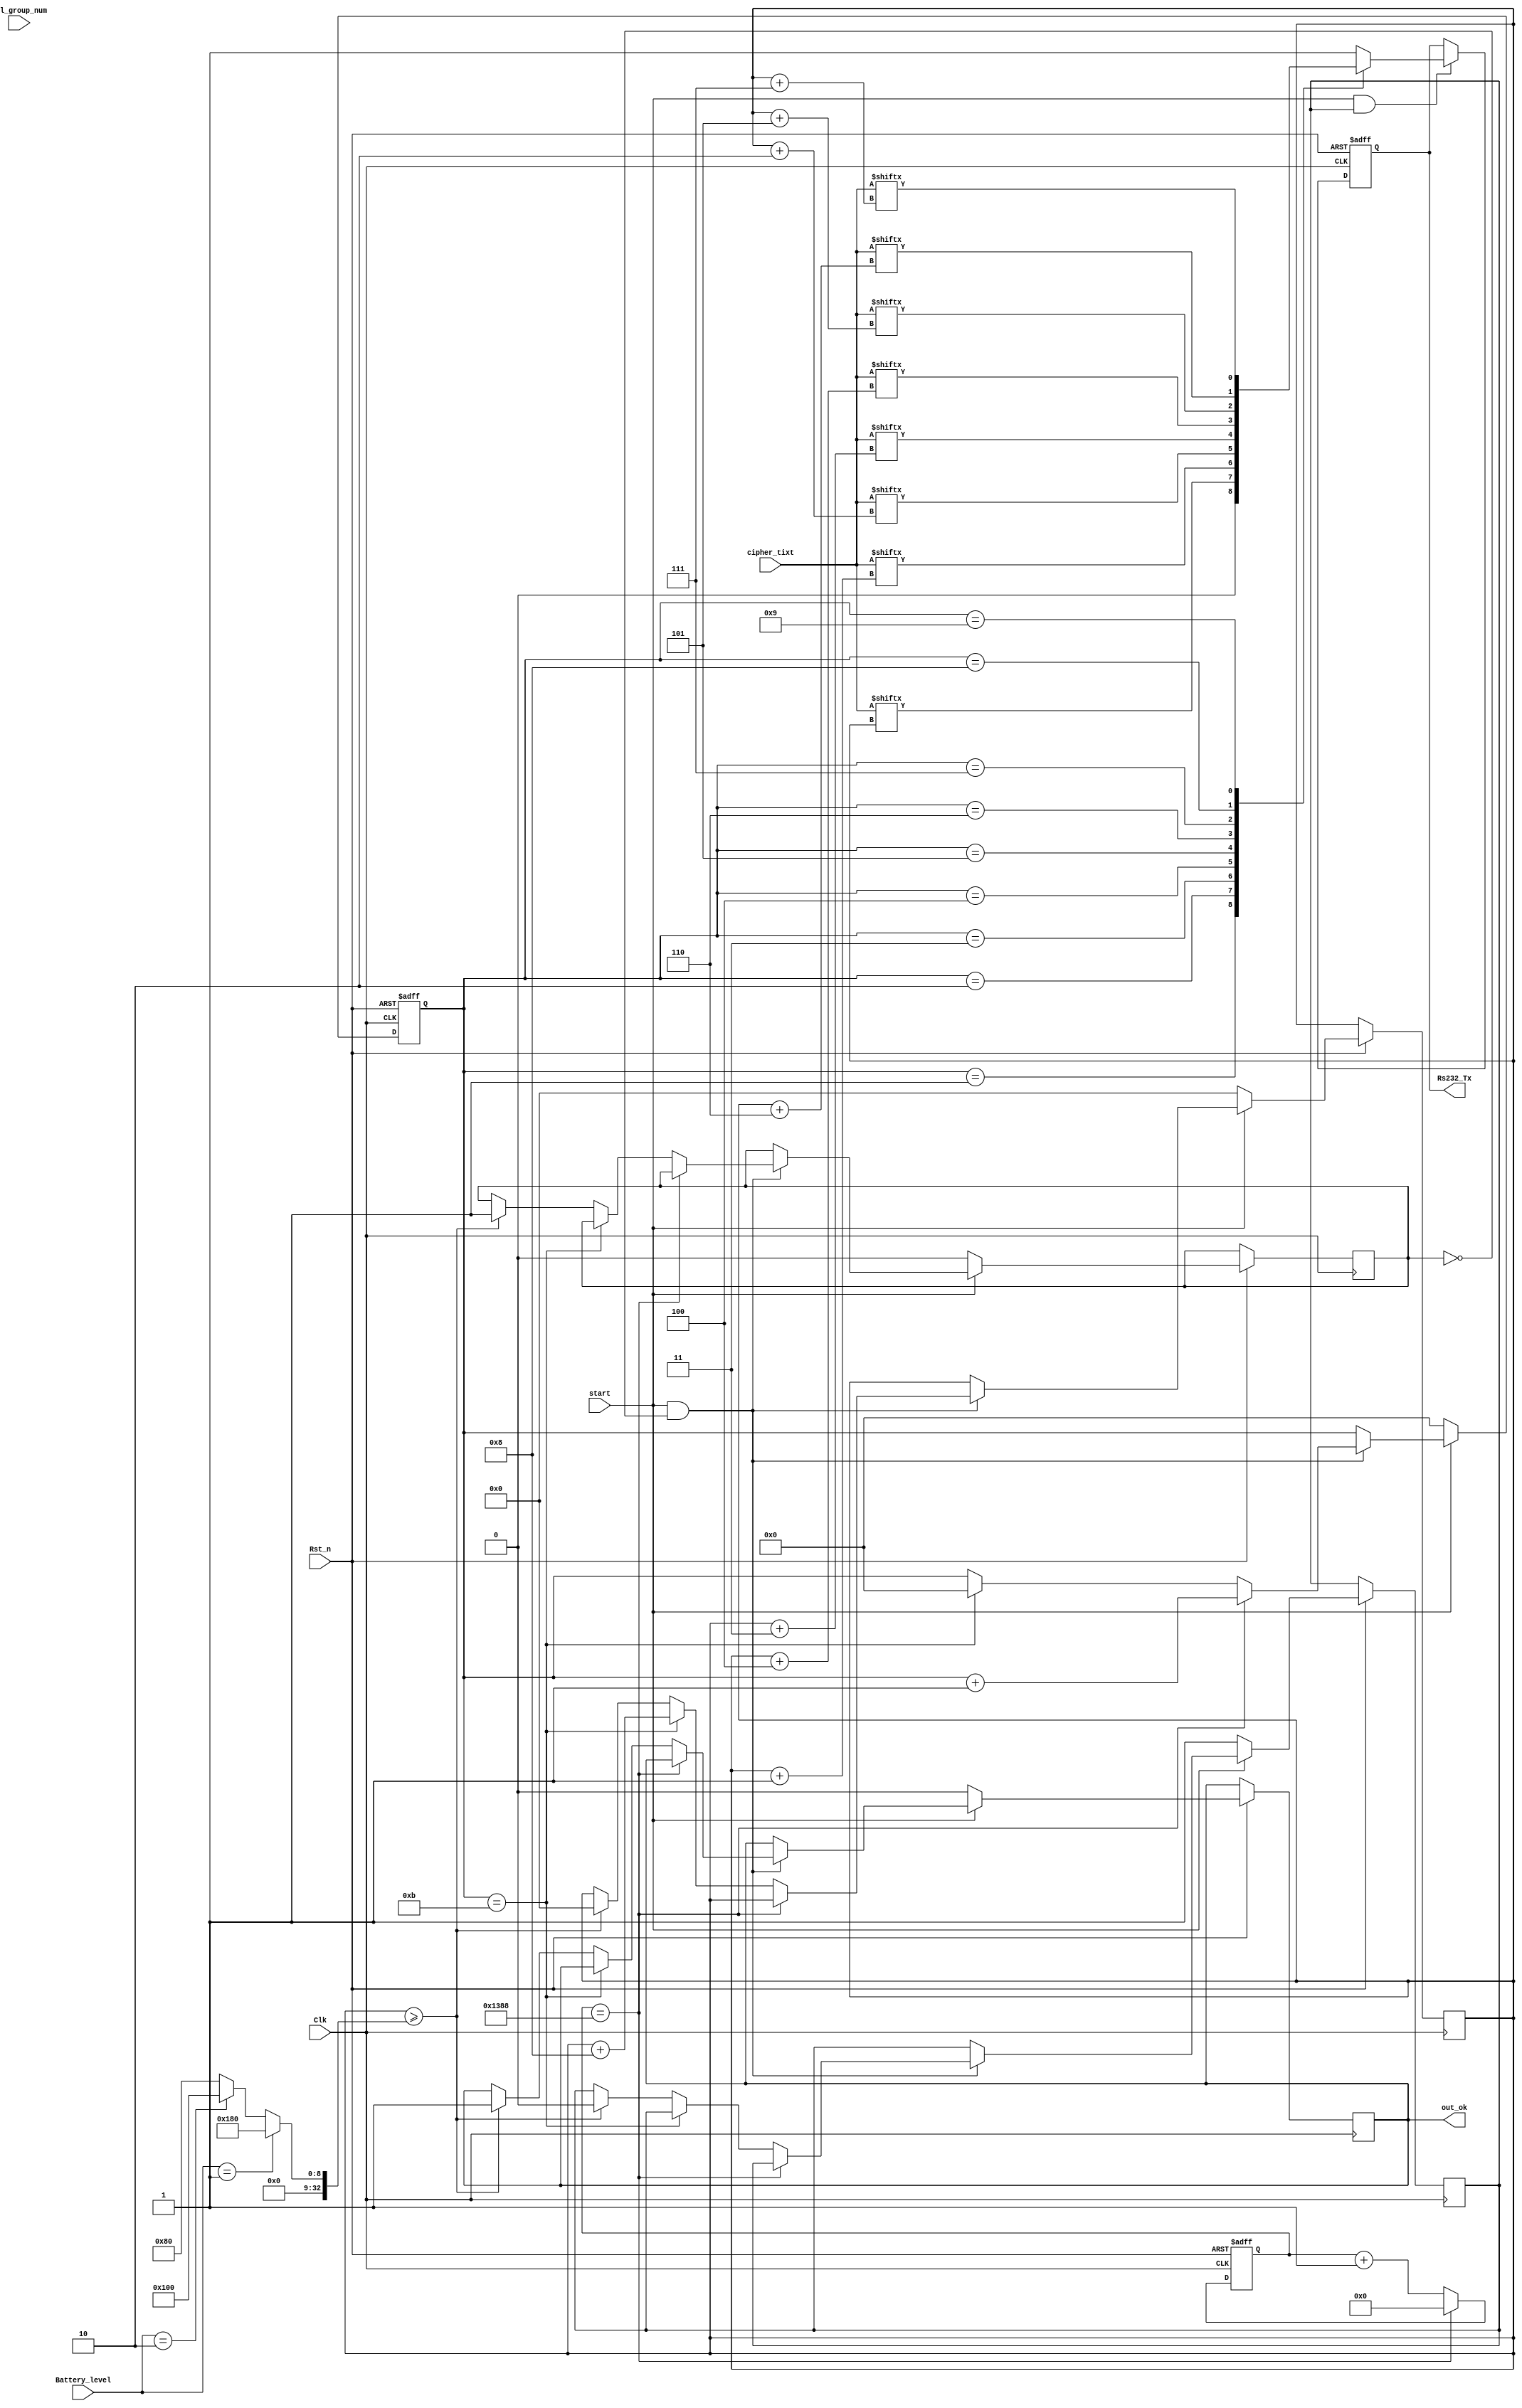
module uart_tx(
    Clk,       
    Rs232_Tx,
    Rst_n ,    
    cipher_tixt,
    Battery_level,
    start,
    out_ok,
    all_group_num
);
input[383:0] cipher_tixt;
input Clk;
input Rst_n;
input start;
input [31:0] all_group_num;
input [2:0] Battery_level;
reg[32:0] plaintext_group_number;
output reg out_ok;
output reg Rs232_Tx;
wire [383:0] t_data_byte;
assign t_data_byte=cipher_tixt;
localparam START_BIT = 1'b0;
localparam STOP_BIT = 1'b1;
//localparam [12799:0]t_data_byte = {8'hCC,12792'hAAAAAAAAAAAAAA};
reg [31:0] group_num;
 
reg [15:0]div_cnt;
reg [4:0]bps_cnt;
 
//counter
always@(posedge Clk or negedge Rst_n)
    if(!Rst_n)
            div_cnt <= 16'd0;
    else begin
        if(div_cnt == 16'd5000)
            div_cnt <= 16'd0;
        else
            div_cnt <= div_cnt + 1'b1;
    end
 
 reg a;
 reg state1;
always@(posedge Clk or negedge Rst_n)
begin
	if(!Rst_n)	
		bps_cnt <= 4'd0;
	else if(~start) 
 	begin
    out_ok<=0;
    state1<=0;
  		a<=1;
			bps_cnt <= 4'd0;
  		group_num<=0;
 	end
 else if(start&&state1==0)
        begin
			if(div_cnt == 16'd5000)
				bps_cnt <= bps_cnt + 1'b1;
        
 			else if(bps_cnt==11) begin
 				group_num<=group_num+8;
    			bps_cnt=0;
 			end
 			else if(group_num>=plaintext_group_number) begin
 						a<=0;
    			group_num<=0;
        out_ok<=1;
        state1<=1;
 			end
			else
				bps_cnt <= bps_cnt;	
    	end
   end

always @(Clk) 	plaintext_group_number=(Battery_level==1)?384:(Battery_level==2)?256:128;
		
always@(posedge Clk or negedge Rst_n)
begin
if(!Rst_n)
    Rs232_Tx <= 1'b1;
else if(start&a)
begin
    case(bps_cnt)
        0:Rs232_Tx <= 1'b1;
        1:Rs232_Tx <= START_BIT;
        2:Rs232_Tx <= t_data_byte[group_num];
        3:Rs232_Tx <= t_data_byte[group_num+1];
        4:Rs232_Tx <= t_data_byte[group_num+2];
        5:Rs232_Tx <= t_data_byte[group_num+3];
        6:Rs232_Tx <= t_data_byte[group_num+4];
        7:Rs232_Tx <= t_data_byte[group_num+5];
        8:Rs232_Tx <= t_data_byte[group_num+6];
        9:Rs232_Tx <= t_data_byte[group_num+7];
        10:Rs232_Tx <= STOP_BIT;
        default:Rs232_Tx <= 1'b1;
    endcase
end	
 end
endmodule